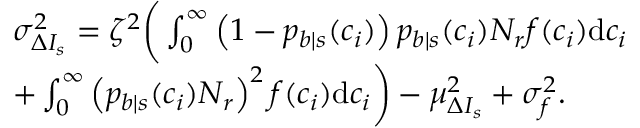
\begin{array} { r l } & { \sigma _ { \Delta I _ { s } } ^ { 2 } = \zeta ^ { 2 } \bigg ( \int _ { 0 } ^ { \infty } \left( 1 - p _ { b | s } ( c _ { i } ) \right) p _ { b | s } ( c _ { i } ) N _ { r } f ( c _ { i } ) \mathrm { d } c _ { i } } \\ & { + \int _ { 0 } ^ { \infty } \left( p _ { b | s } ( c _ { i } ) N _ { r } \right) ^ { 2 } f ( c _ { i } ) \mathrm { d } c _ { i } \bigg ) - \mu _ { \Delta I _ { s } } ^ { 2 } + \sigma _ { f } ^ { 2 } . } \end{array}